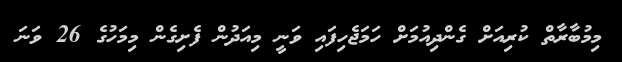
މިމުބާރާތް ކުރިއަށް ގެންދިއުމަށް ހަމަޖެހިފައި ވަނީ މިއަދުން ފެށިގެން މިމަހުގެ 26 ވަނަ